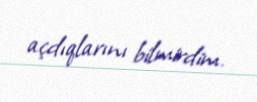
açdıqlarını bilmirdim.